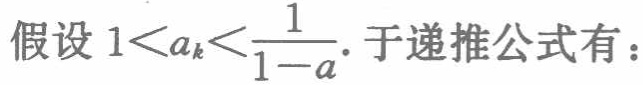
假设 \(1 < a_{k} < \frac{1}{1 - a}\). 于递推公式有：